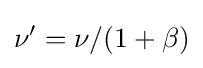
\nu '=\nu /(1+\beta )